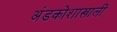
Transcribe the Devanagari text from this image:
अंडकोशाखाली